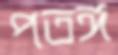
পতঙ্গ